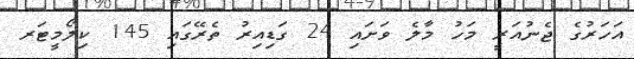
އަހަރުގެ ޖެނުއަރީ މަހު މާލެ ވަށައި 24 ގަޑިއިރު ތެރޭގައި 145 ކިލޯމީޓަރ